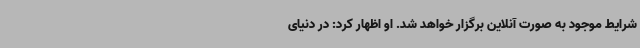
شرایط موجود به صورت آنلاین برگزار خواهد شد. او اظهار کرد: در دنیای